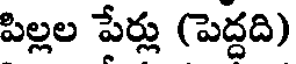
పిల్లల పేర్లు (పెద్దది)